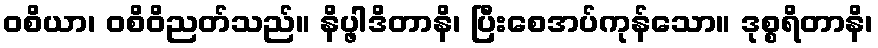
ဝစိယာ၊ ဝစိဝိညတ်သည်။ နိပ္ဖါဒိတာနိ၊ ပြီးစေအပ်ကုန်သော။ ဒုစ္စရိတာနိ၊